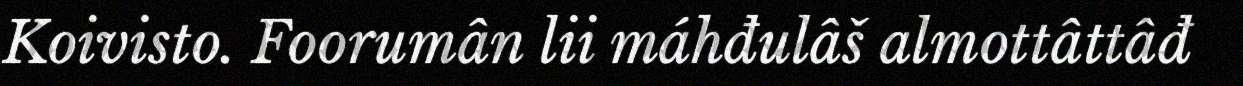
Koivisto. Foorumân lii máhđulâš almottâttâđ